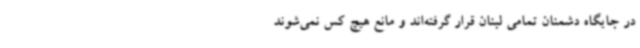
در جایگاه دشمنان تمامی لبنان قرار گرفته‌اند و مانع هیچ کس نمی‌شوند